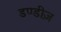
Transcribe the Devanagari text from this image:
डण्डीज़